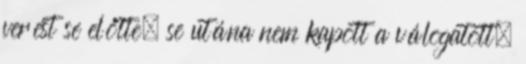
verést se előtte, se utána nem kapott a válogatott.